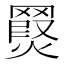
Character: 𮊖